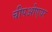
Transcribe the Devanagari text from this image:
चीपओएयर